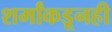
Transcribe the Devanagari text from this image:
शर्मांकडूनही